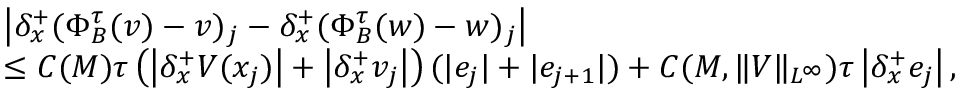
\begin{array} { r l } & { \left| { \delta _ { x } ^ { + } } ( \Phi _ { B } ^ { \tau } ( v ) - v ) _ { j } - { \delta _ { x } ^ { + } } ( \Phi _ { B } ^ { \tau } ( w ) - w ) _ { j } \right| } \\ & { \leq C ( M ) \tau \left( \left| { \delta _ { x } ^ { + } } V ( x _ { j } ) \right| + \left| { \delta _ { x } ^ { + } } v _ { j } \right| \right) ( | e _ { j } | + | e _ { j + 1 } | ) + C ( M , \| V \| _ { L ^ { \infty } } ) \tau \left| { \delta _ { x } ^ { + } } e _ { j } \right| , } \end{array}